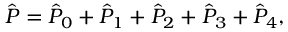
\begin{array} { r } { \hat { P } = \hat { P } _ { 0 } + \hat { P } _ { 1 } + \hat { P } _ { 2 } + \hat { P } _ { 3 } + \hat { P } _ { 4 } , } \end{array}